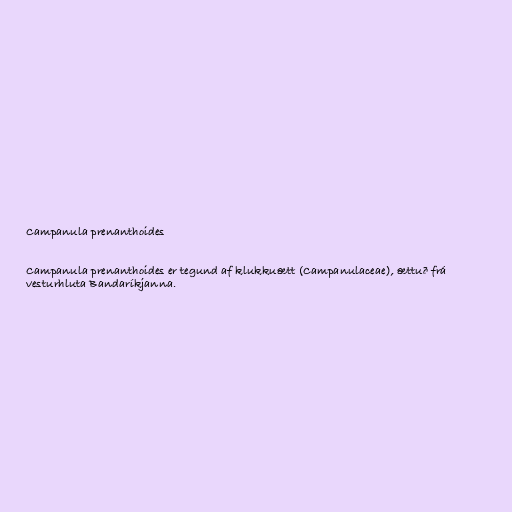
Campanula prenanthoides

Campanula prenanthoides er tegund af klukkuætt (Campanulaceae), ættuð frá
vesturhluta Bandaríkjanna.